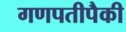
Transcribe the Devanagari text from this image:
गणपतीपैकी